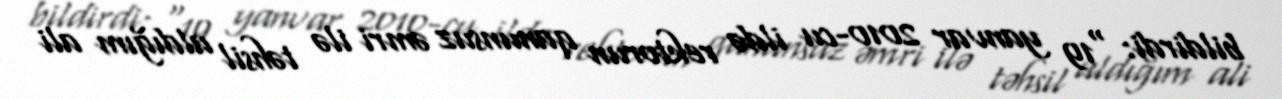
bildirdi: “19 yanvar 2010-cu ildə rektorun qanunsuz əmri ilə təhsil aldığım ali